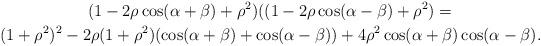
LaTeX: \begin{gather*}(1-2\rho\cos(\alpha+\beta)+\rho^{2})((1-2\rho\cos(\alpha-\beta)+\rho^{2})\allowbreak=\allowbreak\\(1+\rho^{2})^{2}-2\rho(1+\rho^{2})(\cos(\alpha+\beta)+\cos(\alpha-\beta))+4\rho^{2}\cos(\alpha+\beta)\cos(\alpha-\beta).\end{gather*}